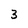
Character: 3